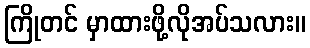
ကြိုတင် မှာထားဖို့လိုအပ်သလား။